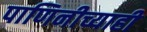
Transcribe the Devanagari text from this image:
पाणिनीच्याही